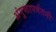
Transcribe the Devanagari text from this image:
अंगुष्ठापर्वतनी